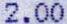
2.00